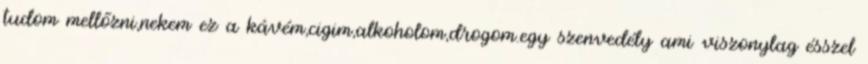
tudom mellőzni,nekem ez a kávém,cigim,alkoholom,drogom.egy szenvedély ami viszonylag ésszel